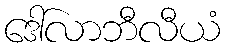
ဒေါ်လာဘီလီယံ